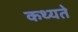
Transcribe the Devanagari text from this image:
कथ्यते